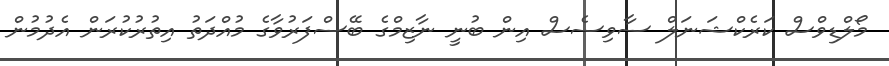
މޯލްޑިވްސް ކަރެކްޝަނަލް ސާވިސެސް އިން ބުނީ ނާޒިމްގެ ބޭސްފަރުވާގެ މުއްދަތު އިތުރުކުރަން އެދުމުން